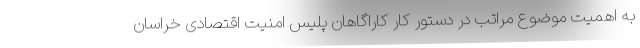
به اهمیت موضوع مراتب در دستور کار کاراگاهان پلیس امنیت اقتصادی خراسان